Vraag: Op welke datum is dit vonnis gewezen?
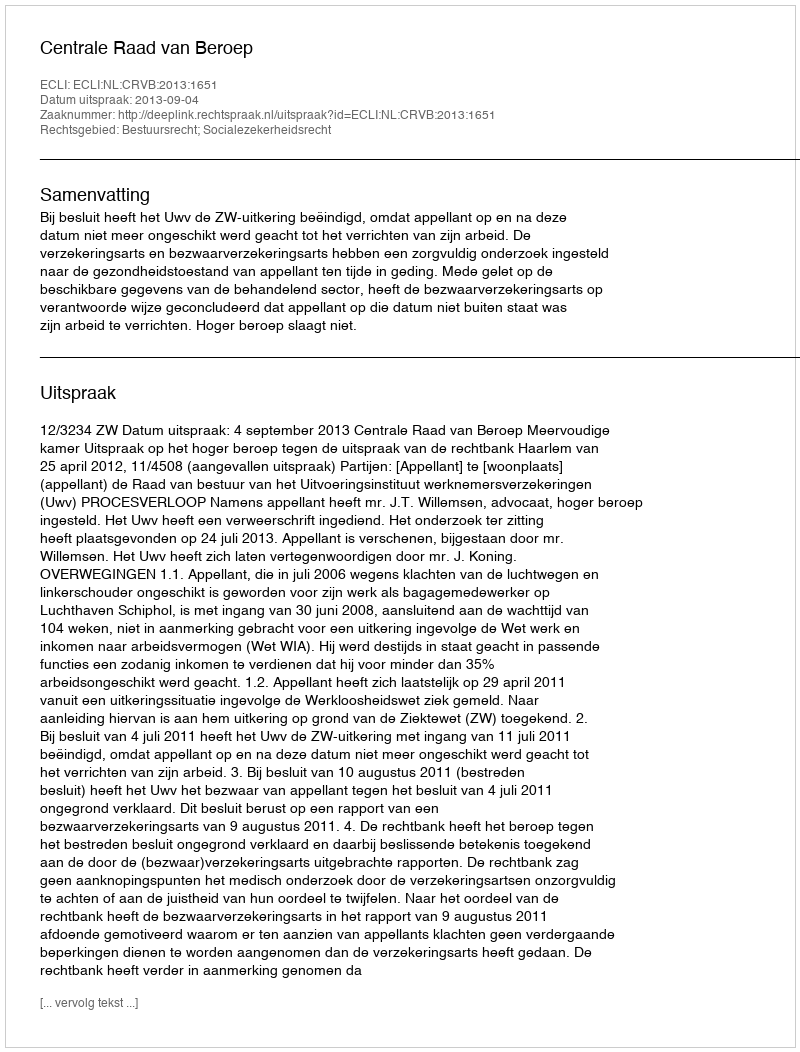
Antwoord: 2013-09-04